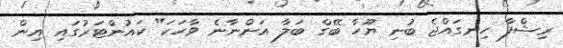
ރިޝްފާ ހިނގައްޖެ ބުނި ޔޫހާ ބޭގް ބަލާ އަންނާނެ ވާހަކަ" ކައުންޓަރުގައި އިން